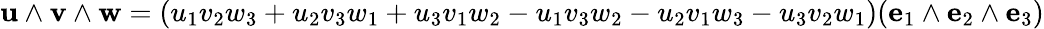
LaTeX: \mathbf{u}\wedge\mathbf{v}\wedge\mathbf{w}=(u_{1}v_{2}w_{3}+u_{2}v_{3}w_{1}+u_{3}v_{1}w_{2}-u_{1}v_{3}w_{2}-u_{2}v_{1}w_{3}-u_{3}v_{2}w_{1})(\mathbf{e}_{1}\wedge\mathbf{e}_{2}\wedge\mathbf{e}_{3})